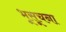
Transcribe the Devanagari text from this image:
भूसूचना